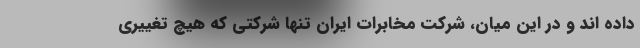
داده اند و در این میان، شرکت مخابرات ایران تنها شرکتی که هیچ تغییری